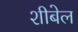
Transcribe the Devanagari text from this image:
शीबेल